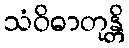
သံဝိဓာတုန္တိ